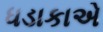
ધડાકાએ